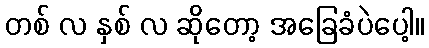
တစ် လ နှစ် လ ဆိုတော့ အခြေခံပဲပေါ့။